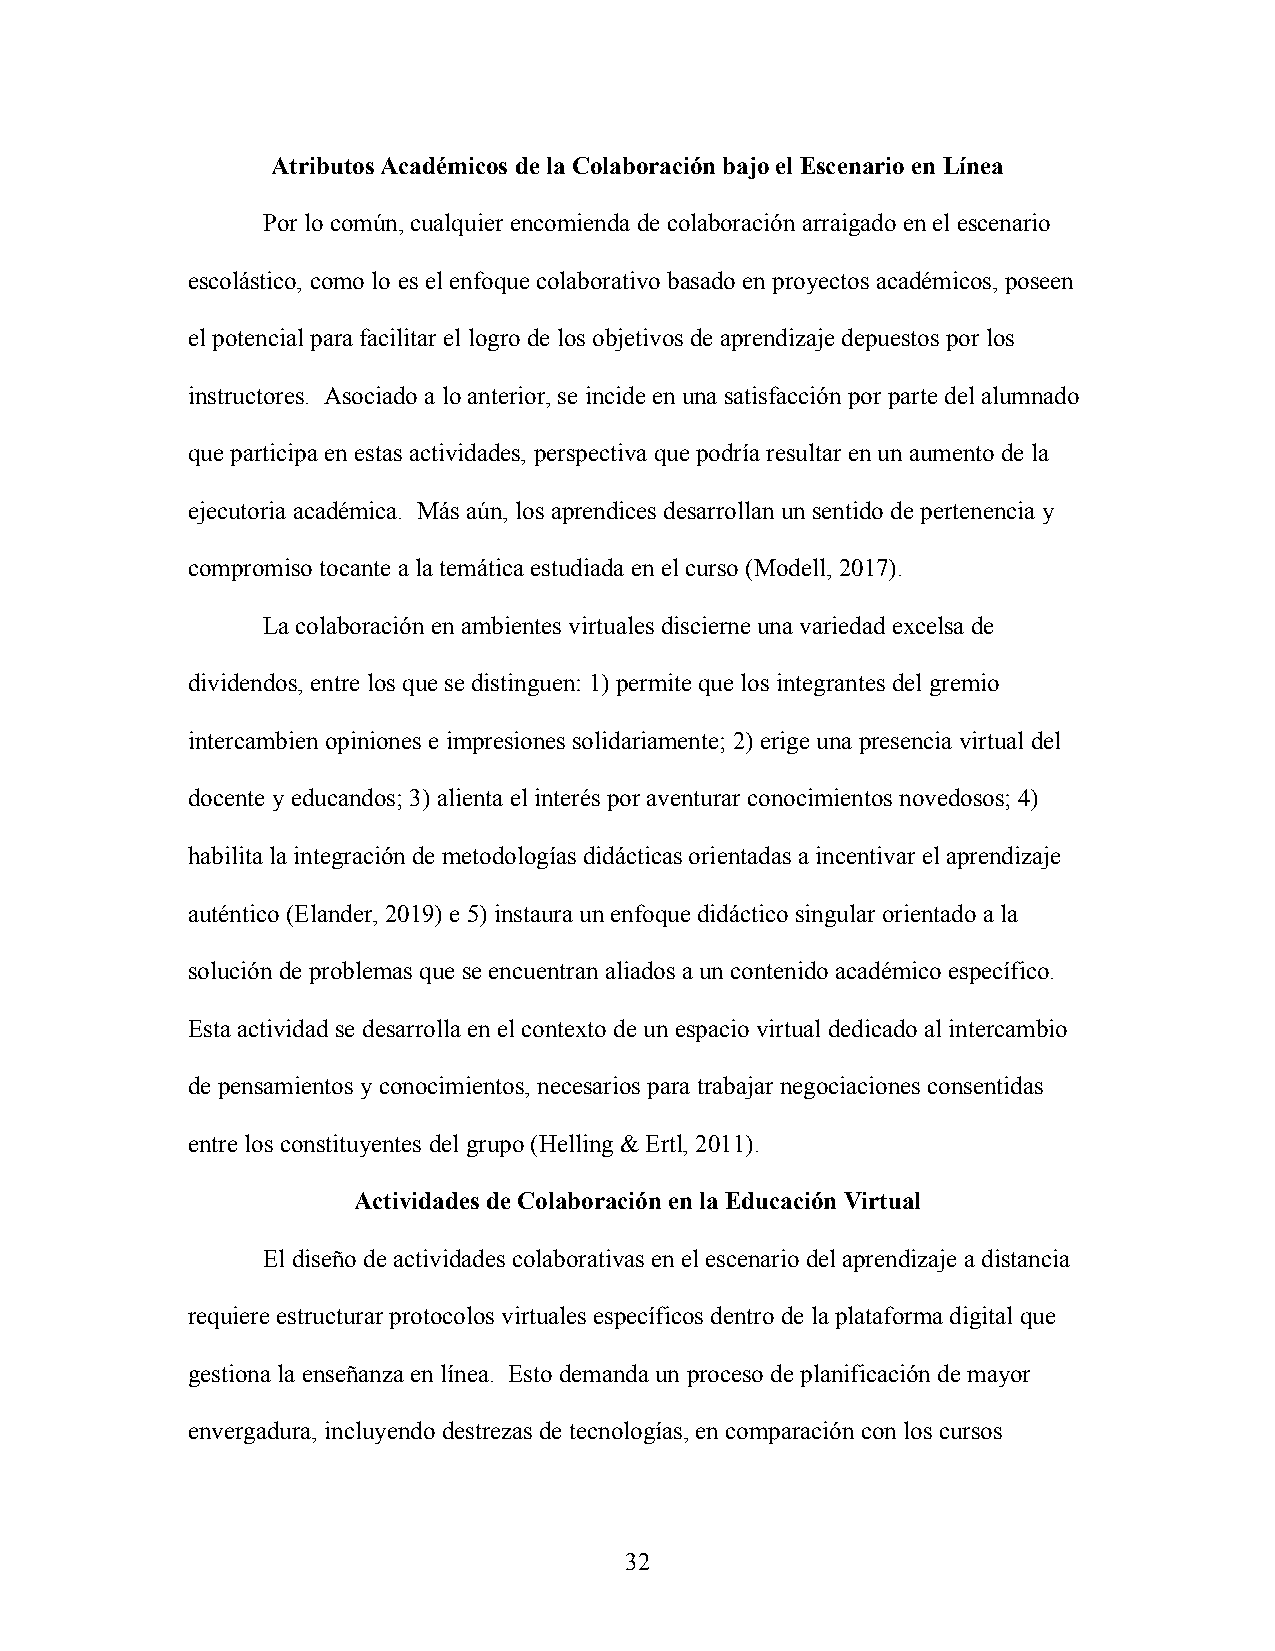
Atributos Académicos de la Colaboración bajo el Escenario en Línea
 Por lo común, cualquier encomienda de colaboración arraigado en el escenario
 escolástico, como lo es el enfoque colaborativo basado en proyectos académicos, poseen
 el potencial para facilitar el logro de los objetivos de aprendizaje depuestos por los
 instructores. Asociado a lo anterior, se incide en una satisfacción por parte del alumnado
 que participa en estas actividades, perspectiva que podría resultar en un aumento de la
 ejecutoria académica. Más aún, los aprendices desarrollan un sentido de pertenencia y
 compromiso tocante a la temática estudiada en el curso (Modell, 2017).
 La colaboración en ambientes virtuales discierne una variedad excelsa de
 dividendos, entre los que se distinguen: 1) permite que los integrantes del gremio
 intercambien opiniones e impresiones solidariamente; 2) erige una presencia virtual del
 docente y educandos; 3) alienta el interés por aventurar conocimientos novedosos; 4)
 habilita la integración de metodologías didácticas orientadas a incentivar el aprendizaje
 auténtico (Elander, 2019) e 5) instaura un enfoque didáctico singular orientado a la
 solución de problemas que se encuentran aliados a un contenido académico específico.
 Esta actividad se desarrolla en el contexto de un espacio virtual dedicado al intercambio
 de pensamientos y conocimientos, necesarios para trabajar negociaciones consentidas
 entre los constituyentes del grupo (Helling & Ertl, 2011).
 Actividades de Colaboración en la Educación Virtual
 El diseño de actividades colaborativas en el escenario del aprendizaje a distancia
 requiere estructurar protocolos virtuales específicos dentro de la plataforma digital que
 gestiona la enseñanza en línea. Esto demanda un proceso de planificación de mayor
 envergadura, incluyendo destrezas de tecnologías, en comparación con los cursos
 32